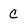
Character: c